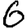
Digit: 6